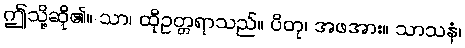
ဤသို့ဆို၏။ သာ၊ ထိုဥတ္တရာသည်။ ပိတု၊ အဖအား။ သာသနံ၊